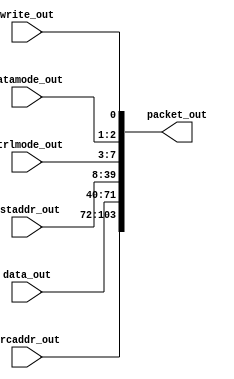
//#############################################################################
//# Function: Maps Emesh Signals to Packet                                    #
//#############################################################################
//# Author:   Andreas Olofsson                                                #
//# License:  MIT (see LICENSE file in OH! repository)                        # 
//#############################################################################
module emesh2packet #(parameter AW = 32,   // address width 
		      parameter PW = 104)  // packet width
   (
    //Emesh signal bundle
    input 	    write_out, 
    input [1:0]     datamode_out,
    input [4:0]     ctrlmode_out,
    input [AW-1:0]  dstaddr_out,
    input [AW-1:0]  data_out, 
    input [AW-1:0]  srcaddr_out, 
    //Output packet
    output [PW-1:0] packet_out
    );
   
   // ---- FORMAT -----
   //
   // [0]  =write bit
   // [2:1]=datamode
   // [7:3]=ctrlmode
   // [39:8]=dstaddr(lo)
   //
   // ---- 32-BIT ADDRESS ----
   // [71:40]   data (lo)   | xxxx
   // [103:72]  srcaddr(lo) | data (hi)
   //
   // ---- 64-BIT ADDRESS ----
   // [71:40]   D0 | srcaddr(hi)
   // [103:72]  D1 | srcaddr(lo)
   // [135:104] dstaddr(hi)
   
   assign packet_out[0]       = write_out;   
   assign packet_out[2:1]     = datamode_out[1:0];
   assign packet_out[7:3]     = ctrlmode_out[4:0];
     

	   assign packet_out[39:8]    = dstaddr_out[31:0];
	   assign packet_out[71:40]   = data_out[31:0];
	   assign packet_out[103:72]  = srcaddr_out[31:0];
     
endmodule // emesh2packet